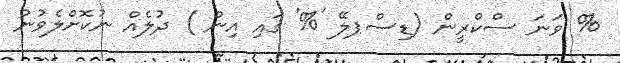
% ވަނަ ސްކްރީން (ޑިސްޕލޭ '%' ގައި އިން ) ދުލެއް ނުކޮށްލެވުނު